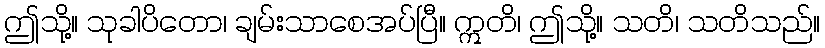
ဤသို့။ သုခါပိတော၊ ချမ်းသာစေအပ်ပြီ။ ဣတိ၊ ဤသို့။ သတိ၊ သတိသည်။